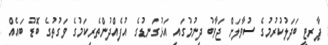
ޕާރޓީ ބަދަލުކުރުމުގެ ސުވާލަށް ޖަވާބު ދިނުމުގައި އަޅުގަނޑުގެ އުފެއްދުންތެރިކަމުގެ ވަގުތުގެ ބޮޑު ބައެއް